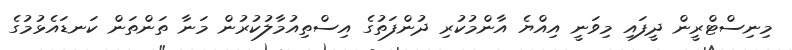
މިނިސްޓްރީން ދީފައި މިވަނީ އިއްޔެ އާންމުކުރި ދުންފަތުގެ އިސްތިއުމާލުކުރުން މަނާ ތަންތަން ކަނޑައެޅުމުގެ